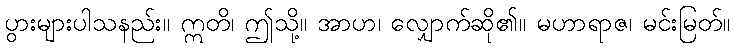
ပွားများပါသနည်း။ ဣတိ၊ ဤသို့။ အာဟ၊ လျှောက်ဆို၏။ မဟာရာဇ၊ မင်းမြတ်။